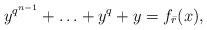
LaTeX: \begin{align*}y^{q^{n-1}}+\ldots +y^{q}+y=f_{\bar{r}}(x),\end{align*}